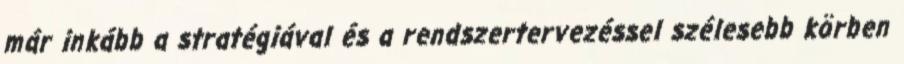
már inkább a stratégiával és a rendszertervezéssel szélesebb körben